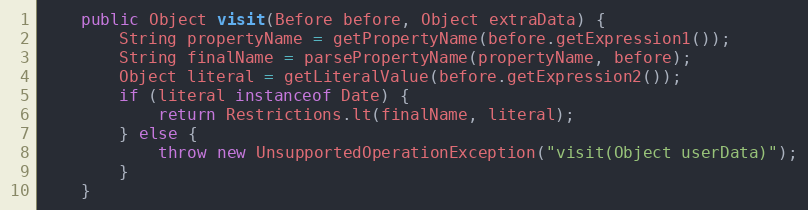
Language: Java
	public Object visit(Before before, Object extraData) {
		String propertyName = getPropertyName(before.getExpression1());
		String finalName = parsePropertyName(propertyName, before);
		Object literal = getLiteralValue(before.getExpression2());
		if (literal instanceof Date) {
			return Restrictions.lt(finalName, literal);
		} else {
			throw new UnsupportedOperationException("visit(Object userData)");
		}
	}